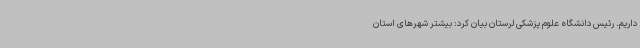
داریم. رئیس دانشگاه علوم پزشکی لرستان بیان کرد: بیشتر شهرهای استان